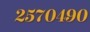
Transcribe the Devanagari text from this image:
२५७०४९०